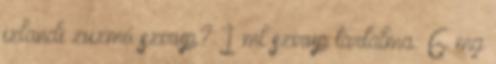
izlandi zuzmó szirup? 1 ml szirup tartalma: 6 mg